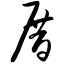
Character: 厝